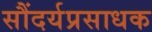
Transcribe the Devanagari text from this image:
सौंदर्यप्रसाधक